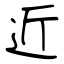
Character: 近